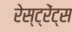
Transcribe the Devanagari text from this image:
रेस्ट्रेंट्स